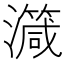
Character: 𱩺